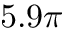
5 . 9 \pi